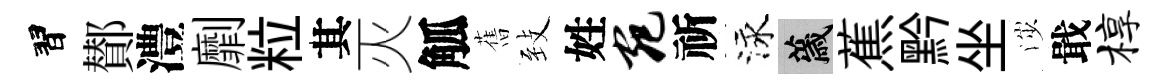
習鄼澧劘粒其灭觚𦾔𦤺姓宛祈泳薉蕉黔坐渉戢椁